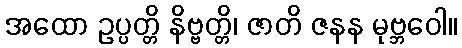
အထော ဥပ္ပတ္တိ နိဗ္ဗတ္တိ၊ ဇာတိ ဇနန မုဗ္ဘဝေါ။